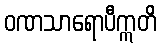
ဝဏသာရောပီဣတိ